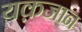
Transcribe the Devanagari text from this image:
यक़जान